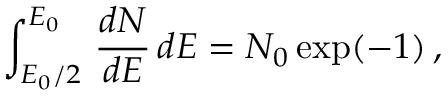
\int _ { E _ { 0 } / 2 } ^ { E _ { 0 } } \, \frac { d N } { d E } \, d E = N _ { 0 } \exp ( - 1 ) \, ,